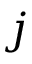
j